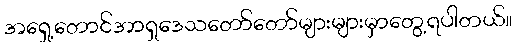
အရှေ့တောင်အာရှဒေသတော်တော်များများမှာတွေ့ရပါတယ်။